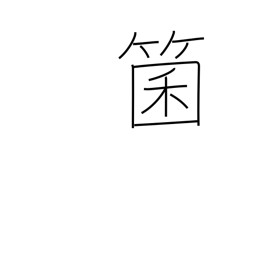
Meaning: dice